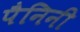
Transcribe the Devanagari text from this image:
पैनिनी